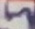
Text: 5